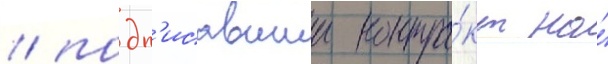
/ подп'исавшии контра́кт на́